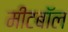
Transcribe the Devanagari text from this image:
मीटबॉल